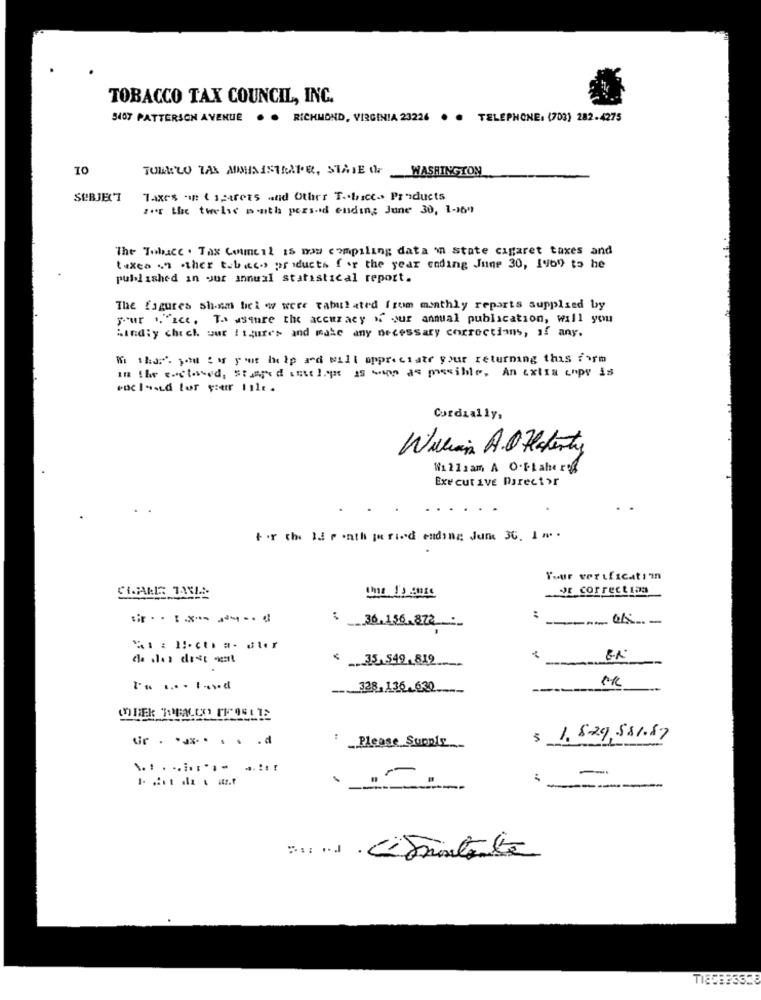
TOBACCO TAX COUNCIL, INC.
5407 PATTERSON AVENUE
. RICHMOND, VIRGINIA 23226 .
TELEPHONE: (703) 282-4275
10
TOML'LO TAK AMINISTRAPR, STATE OF
WASHINGTON
SUBJECT
Taxes aan ( sparets and Other T .. hace.s Products
zor the twelve month pers-id ending; June 30, 1-16"
The Tobacc . Tax Council is now compiling data in state cigaret taxes and
taxes ." -ther tabacos por iducts for the year coding June 30, 1969) to he
published in our annual statistical report.
The figures sham bici w were tabulated from monthly reports supplied by
your "."ice. To saure the accuracy " our annual publication, will you
Kindly chich our Isjures and make any necessary corrections, if any.
W thor'. you for your help and will appreciate your returning this form
in the enclosed, stared uselope as soon as possible. An extra copy is
Cordially,
Wilian A. Hoferty
W1 22sam A O.Ftahere
Executive Director
tor the Id r .nth ja ried ending Jum 30. 1 ⑈ .
Your verificatimn
wr correction
:
36.156.872
de las dist vent
< 35.549. 812
.. 328,136-630 ....
--
Gr . ...... d
$ 1.829,581.87
Please Supply
-
-----
Bu nl C'Smontata